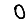
Digit: 0